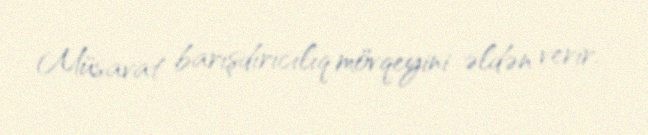
Müsavat barışdırıcılıq mövqeyini əldən verir.